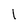
Character: 1